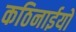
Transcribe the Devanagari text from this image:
कठिनाईयो